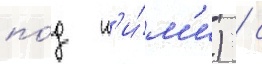
по́д н'и́м'и) / с